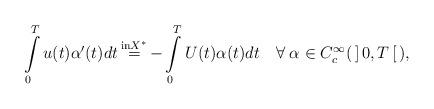
LaTeX: \begin{align*} \int\limits_0^T u(t)\alpha'(t)dt\mathop{=}\limits^{\mathrm{in } X^*}-\int\limits_0^T U(t)\alpha(t)dt\quad\forall\;\alpha\in C_c^\infty(\,]\,0,T\,[\,),\end{align*}